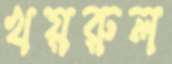
খয়রুল